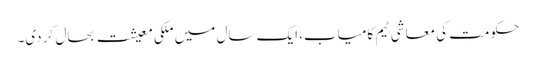
حکومت کی معاشی ٹیم کامیاب، ایک سال میں ملکی معیشت بحال کر دی۔